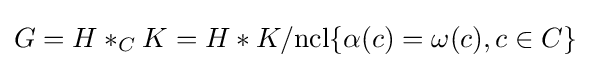
G=H\ast _{C}K=H\ast K/{\rm {ncl}}\{\alpha (c)=\omega (c),c\in C\}